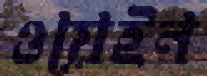
ওয়েইন